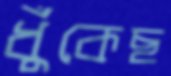
ধুঁকেছ